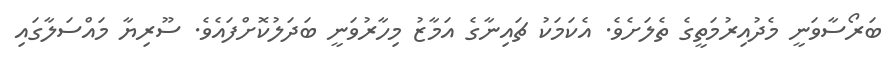
ބަރޯސާވަނީ މެދުއިރުމަތީގެ ތެލަށެވެ. އެކަމަކު ޗައިނާގެ އަމާޒު މިހާރުވަނީ ބަދަލުކޮށްފައެވެ. ސޫރިޔާ މައްސަލާގައި